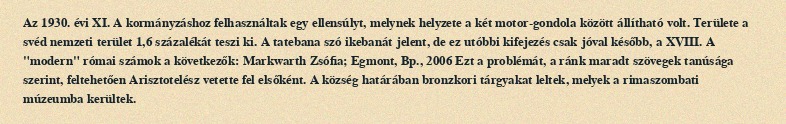
Az 1930. évi XI. A kormányzáshoz felhasználtak egy ellensúlyt, melynek helyzete a két motor-gondola között állítható volt. Területe a svéd nemzeti terület 1,6 százalékát teszi ki. A tatebana szó ikebanát jelent, de ez utóbbi kifejezés csak jóval később, a XVIII. A "modern" római számok a következők: Markwarth Zsófia; Egmont, Bp., 2006 Ezt a problémát, a ránk maradt szövegek tanúsága szerint, feltehetően Arisztotelész vetette fel elsőként. A község határában bronzkori tárgyakat leltek, melyek a rimaszombati múzeumba kerültek.